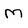
Character: M